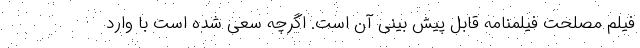
فیلم مصلحت فیلمنامه قابل پیش بینی آن است. اگرچه سعی شده است با وارد